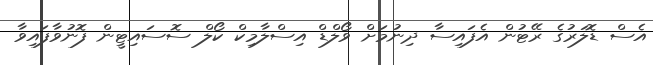
އެސް ޑޮލަރުގެ ރޭޓުން އެފައިސާ ދިނުމަށް ވޯލްޑް އިސްލާމިކް ކޯލް ސޮސައިޓީން ފޮނުވާފައިވާ